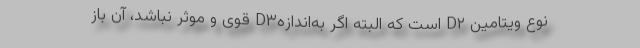
نوع ویتامین D۲ است که البته اگر به‌اندازهD۳ قوی و موثر نباشد، آن باز